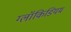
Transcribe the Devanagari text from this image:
ग्लॉकिडियम